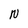
Character: N